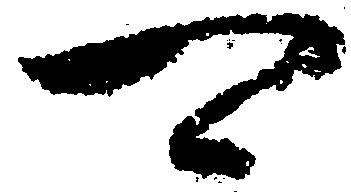
可